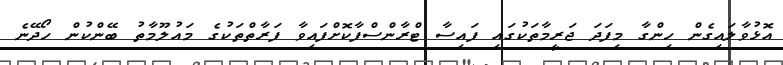
އޮޅުވާލައިގެން ހިންގާ މިފަދަ ޖަރީމާތަކުގައި ފައިސާ ޓްރާންސްފާކޮށްފައިވާ ފަރާތްތަކުގެ މައުލޫމާތު ބޭންކުން ހޯދޭނެ